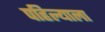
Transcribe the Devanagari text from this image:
पहिल्याला